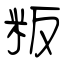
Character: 粄